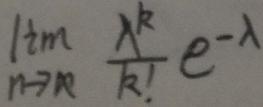
$\lim_{n \to \infty} \frac{\lambda^k}{k!} e^{-\lambda}$